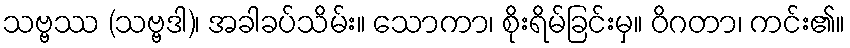
သဗ္ဗဿ (သဗ္ဗဒါ)၊ အခါခပ်သိမ်း။ သောကာ၊ စိုးရိမ်ခြင်းမှ။ ဝိဂတာ၊ ကင်း၏။